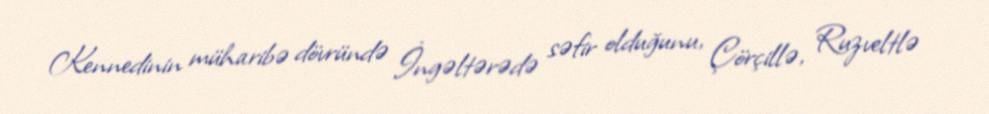
Kennedinin müharibə dövründə İngəltərədə səfir olduğunu, Çörçillə, Ruzveltlə